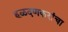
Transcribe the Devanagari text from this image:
हळदणकरांचा